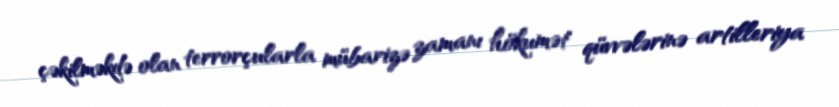
çəkilməkdə olan terrorçularla mübarizə zamanı hökumət qüvvələrinə artilleriya